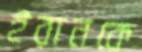
ইরানকে